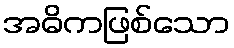
အဓိကဖြစ်သော